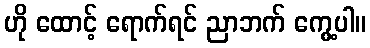
ဟို ထောင့် ရောက်ရင် ညာဘက် ကွေ့ပါ။